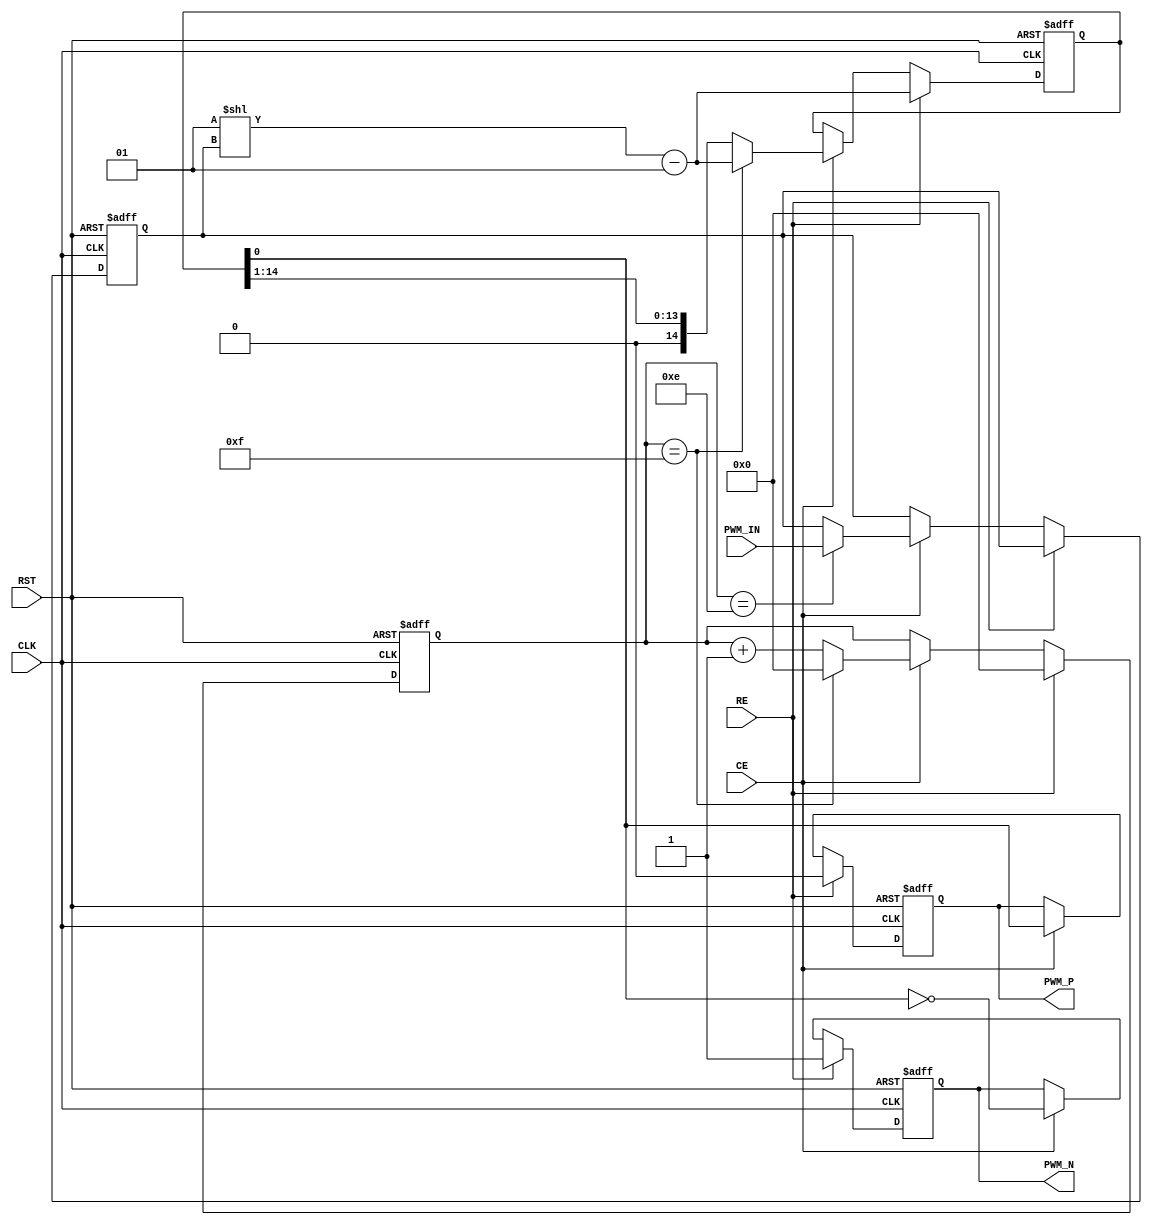
module PWM_FSM #(
 parameter UDW = 4)
 (
 // System inputs:
 input CLK, 
 input RST,
 // Synchronous Reset:
 input RE,
 // Clock Enable:
 input CE,
 // PWM Code input:
 input [UDW-1:0] PWM_IN,
 // PWM signal outputs:
 output reg PWM_P, // Active-High
 output reg PWM_N // Active-Low
 );

// Internal signals declaration:
reg [UDW-1:0] PWM_REG, FSM_STATE;
reg [14:0] PWM_SEQ;


always @ (posedge CLK, posedge RST)
 if(RST)
 begin
  PWM_REG <= 0;
  FSM_STATE <= 0;
  PWM_P <= 0;
  PWM_N <= 0;
  PWM_SEQ <=  0;
 end

 else if(RE)
 begin
  FSM_STATE <= 0;  
  PWM_REG <= PWM_REG;
  PWM_SEQ <= 2**PWM_REG-1;
  PWM_P <= 0;
  PWM_N <= 1;
 end

 else if(CE)
 begin
 if(FSM_STATE == {UDW{1'b1}}-1'b1)
  begin
  PWM_REG <= PWM_IN; 
  end
 else
  begin
  PWM_REG <= PWM_REG;
  end
 case(FSM_STATE)
 0 :
 begin
  FSM_STATE <= FSM_STATE + 1'b1;
  PWM_SEQ <= PWM_SEQ >> 1'b1;
 end
 {UDW{1'b1}} :
 begin
  FSM_STATE <= 0;
  PWM_SEQ <= 2**PWM_REG-1;
 end
 default :
 begin
  FSM_STATE <= FSM_STATE + 1'b1;
  PWM_SEQ <= PWM_SEQ >> 1'b1;
 end
 endcase
  PWM_P <= PWM_SEQ[0];
  PWM_N <= ~PWM_SEQ[0];
 end 
endmodule